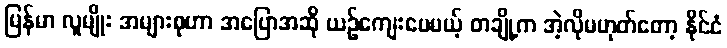
မြန်မာ လူမျိုး အများစုဟာ အပြောအဆို ယဉ်ကျေးပေမယ့် တချို့က အဲ့လိုမဟုတ်တော့ နိုင်ငံ